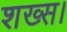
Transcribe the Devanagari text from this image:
शख्स।